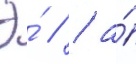
Э́ // / а́